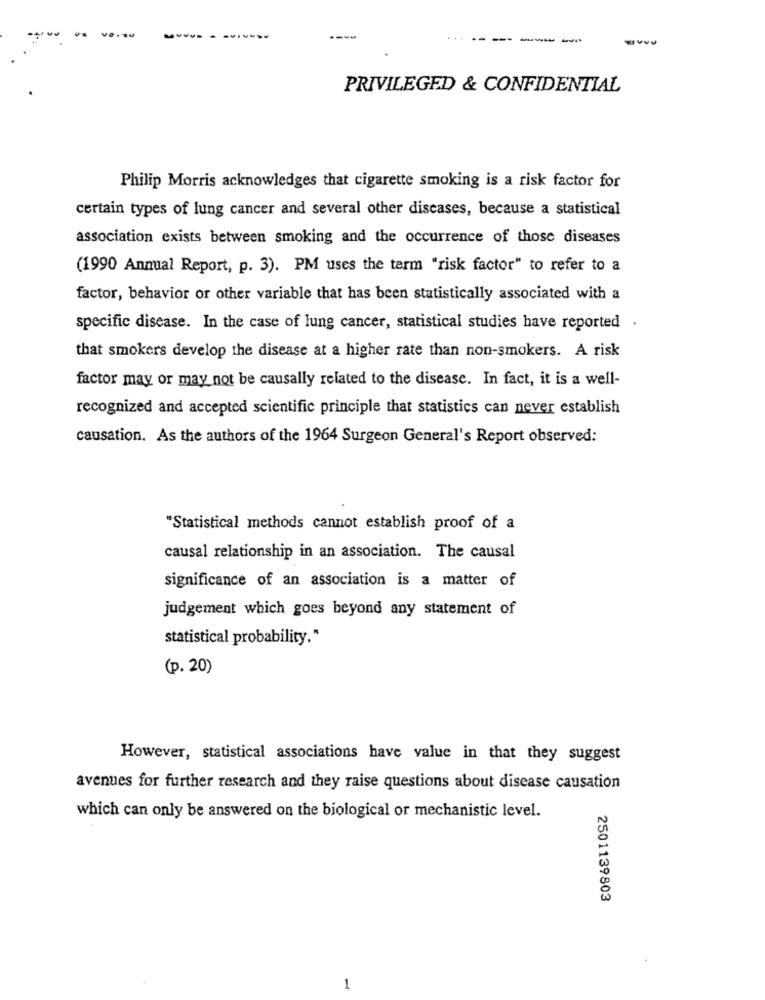
--.
--
----
...
----
PRIVILEGED & CONFIDENTIAL
Philip Morris acknowledges that cigarette smoking is a risk factor for
certain types of lung cancer and several other diseases, because a statistical
association exists between smoking and the occurrence of those diseases
(1990 Annual Report, p. 3). PM uses the term "risk factor" to refer to a
factor, behavior or other variable that has been statistically associated with a
specific disease. In the case of lung cancer, statistical studies have reported .
that smokers develop the disease at a higher rate than non-smokers. A risk
factor may or may not be causally related to the disease. In fact, it is a well-
recognized and accepted scientific principle that statistics can never establish
causation. As the authors of the 1964 Surgeon General's Report observed:
"Statistical methods cannot establish proof of a
causal relationship in an association. The causal
significance of an association is a matter of
judgement which goes beyond any statement of
statistical probability."
(p. 20)
However, statistical associations have value in that they suggest
avenues for further research and they raise questions about disease causation
which can only be answered on the biological or mechanistic level.
2501139803
-